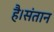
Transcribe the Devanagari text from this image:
है।संतान